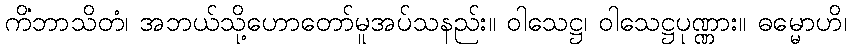
ကိံဘာသိတံ၊ အဘယ်သို့ဟောတော်မူအပ်သနည်း။ ဝါသေဋ္ဌ၊ ဝါသေဋ္ဌပုဏ္ဏား။ ဓမ္မောဟိ၊